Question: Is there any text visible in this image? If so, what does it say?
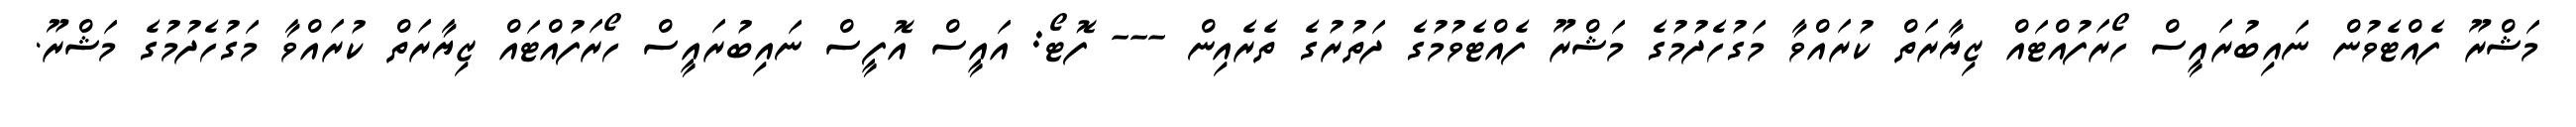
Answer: މަޝްރޫ ފެއްޓެވުން ނައިބުރައީސް ހޯރަފުއްޓައް ޒިޔާރަތް ކުރައްވާ މަގުހެދުމުގެ މަޝްރޫ ފެއްޓެވުމުގެ ދަތުރުގެ ތެރެއިން --- ފޮޓޯ: އައީސް އޮފީސް ނައިބުރައީސް ހޯރަފުއްޓައް ޒިޔާރަތް ކުރައްވާ މަގުހެދުމުގެ މަޝްރޫ.